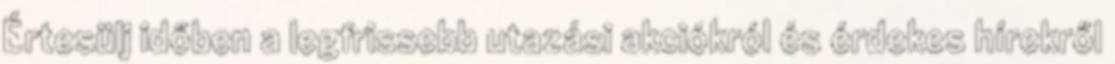
Értesülj időben a legfrissebb utazási akciókról és érdekes hírekről